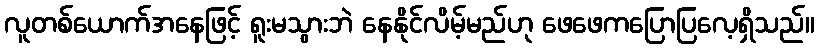
လူတစ်ယောက်အနေဖြင့် ရူးမသွားဘဲ နေနိုင်လိမ့်မည်ဟု ဖေဖေကပြောပြလေ့ရှိသည်။